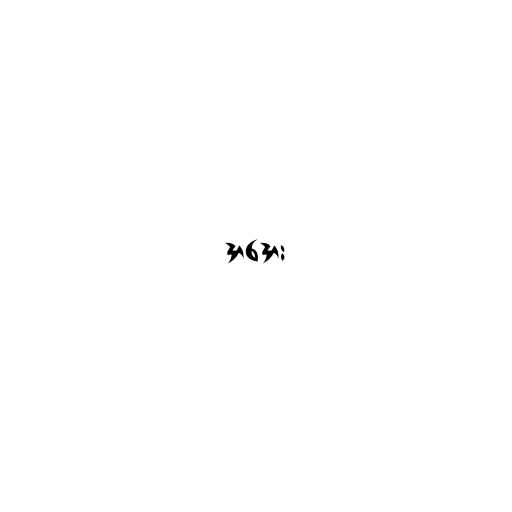
အအေး